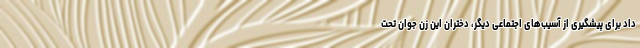
داد برای پیشگیری از آسیب‌های اجتماعی دیگر، دختران این زن جوان تحت